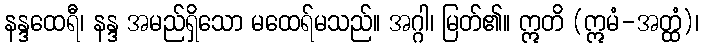
နန္ဒထေရီ၊ နန္ဒ အမည်ရှိသော မထေရ်မသည်။ အဂ္ဂါ၊ မြတ်၏။ ဣတိ (ဣမံ-အတ္ထံ)၊